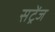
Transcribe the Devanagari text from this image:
सट्रेंज